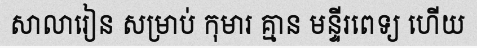
សាលារៀន សម្រាប់ កុមារ គ្មាន មន្ទីរពេទ្យ ហើយ